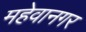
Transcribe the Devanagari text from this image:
महेवानगर